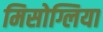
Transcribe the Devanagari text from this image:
मिसोग्लिया